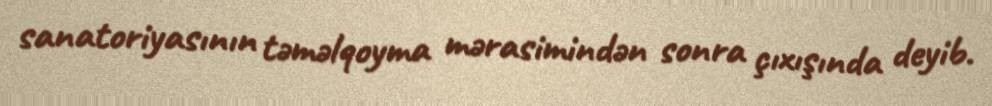
sanatoriyasının təməlqoyma mərasimindən sonra çıxışında deyib.